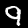
Digit: 9